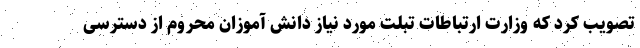
تصویب کرد که وزارت ارتباطات تبلت مورد نیاز دانش آموزان محروم از دسترسی